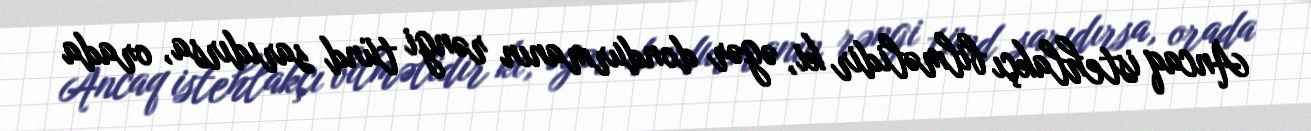
Ancaq istehlakçı bilməlidir ki, əgər dondurmanın rəngi tünd sarıdırsa, orada